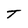
Character: T